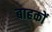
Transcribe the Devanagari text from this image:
बाहकों